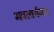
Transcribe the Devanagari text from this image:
भवत्वर्यमा।